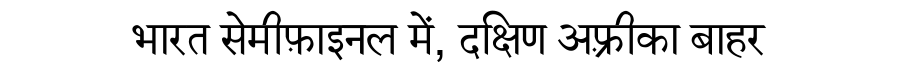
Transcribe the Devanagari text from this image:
भारत सेमीफ़ाइनल में, दक्षिण अफ़्रीका बाहर